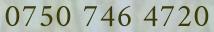
0750 746 4720